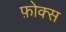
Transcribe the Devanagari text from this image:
फ़ोक्स